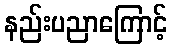
နည်းပညာကြောင့်